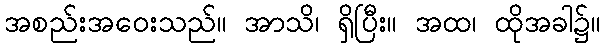
အစည်းအဝေးသည်။ အာသိ၊ ရှိပြီး။ အထ၊ ထိုအခါ၌။